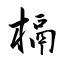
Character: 槅